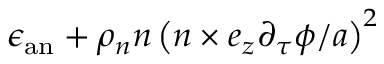
\epsilon _ { \mathrm { a n } } + \rho _ { n } n \left( \boldsymbol { n } \times \boldsymbol { e } _ { z } \partial _ { \tau } \phi / a \right) ^ { 2 }